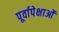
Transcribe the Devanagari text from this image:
पूर्वापेक्षाओं